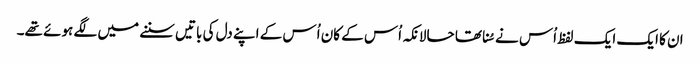
ان کا ایک ایک لفظ اُس نے سُنا تھا حالانکہ اُس کے کان اُس کے اپنے دل کی باتیں سننے میں لگے ہوئے تھے۔